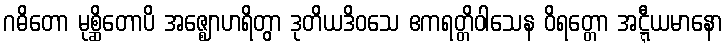
ဂဓိတော မုစ္ဆိတောပိ အဇ္ဈောဟရိတွာ ဒုတိယဒိဝသေ ဧကရတ္တိဝါသေန ဝိရတ္တော အဋ္ဋီယမာနော